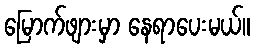
မြောက်ဖျားမှာ နေရာပေးမယ်။